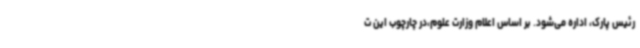
رئیس پارک، اداره می‌شود. بر اساس اعلام وزارت علوم،در چارچوب این ت